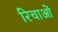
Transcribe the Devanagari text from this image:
रिचाओं